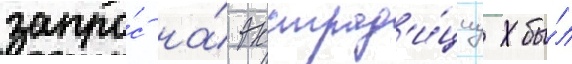
запро́с на́ экстрад'и́циу бы́л